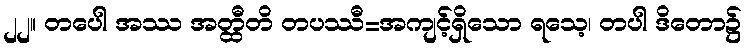
၂၂။ တပေါ အဿ အတ္ထီတိ တပဿီ=အကျင့်ရှိသော ရသေ့၊ တပါ ဒိတော၌